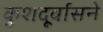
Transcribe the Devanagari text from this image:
कुशदूर्वासने